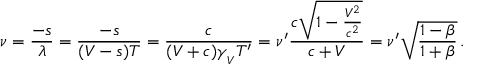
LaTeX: \nu = { \frac { - s } { \lambda } } = { \frac { - s } { ( V - s ) T } } = { \frac { c } { ( V + c ) \gamma _ { _ { V } } T ^ { \prime } } } = \nu ^ { \prime } { \frac { c { \sqrt { 1 - { \frac { V ^ { 2 } } { c ^ { 2 } } } } } } { c + V } } = \nu ^ { \prime } { \sqrt { \frac { 1 - \beta } { 1 + \beta } } } \, .